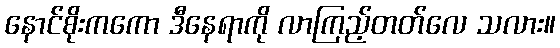
နောင်စိုးကကော ဒီနေရာကို လာကြည့်တတ်လေ သလား။